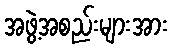
အဖွဲ့အစည်းများအား